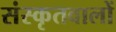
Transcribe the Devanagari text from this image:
संस्कृतवालों